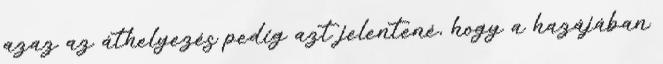
azaz az áthelyezés pedig azt jelentené, hogy a hazájában